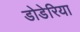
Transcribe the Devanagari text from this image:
डोडेरिया